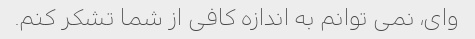
وای، نمی توانم به اندازه کافی از شما تشکر کنم.